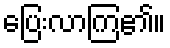
ပြေးလာကြ၏။